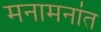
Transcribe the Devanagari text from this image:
मनामनांत